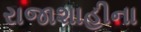
રાજાશાહીના